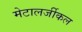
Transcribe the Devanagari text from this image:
मेटालर्जीकल